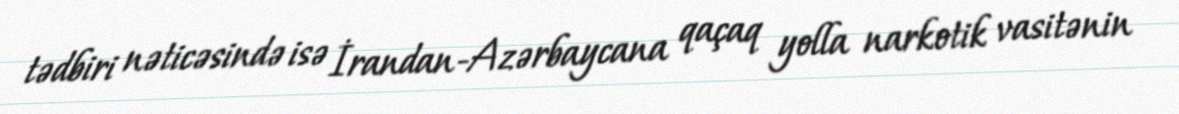
tədbiri nəticəsində isə İrandan-Azərbaycana qaçaq yolla narkotik vasitənin